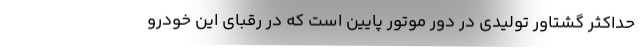
حداکثر گشتاور تولیدی در دور موتور پایین است که در رقبای این خودرو